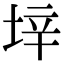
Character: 垶